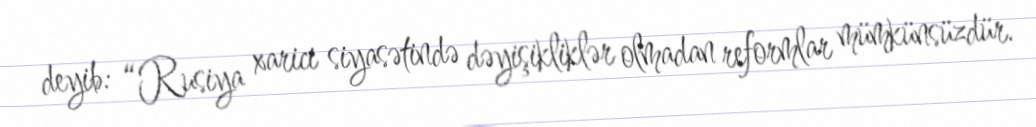
deyib: “Rusiya xarici siyasətində dəyişikliklər olmadan reformlar mümkünsüzdür.